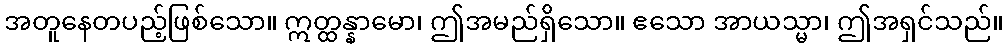
အတူနေတပည့်ဖြစ်သော။ ဣတ္ထန္နာမော၊ ဤအမည်ရှိသော။ ဧသော အာယသ္မာ၊ ဤအရှင်သည်။